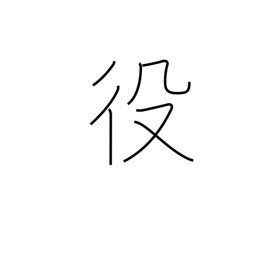
Meaning: service